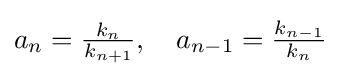
{\textstyle a_{n}={\frac {k_{n}}{k_{n+1}}},\quad a_{n-1}={\frac {k_{n-1}}{k_{n}}}}